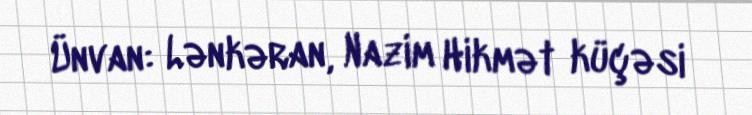
Ünvan: Lənkəran, Nazim Hikmət küçəsi